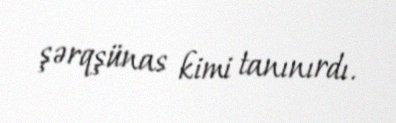
şərqşünas kimi tanınırdı.